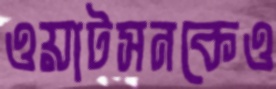
ওয়াটসনকেও